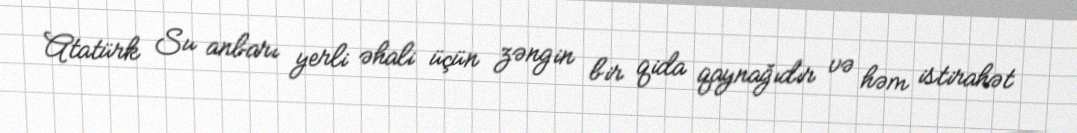
Atatürk Su anbarı yerli əhali üçün zəngin bir qida qaynağıdır və həm istirahət